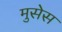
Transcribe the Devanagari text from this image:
मुसेस